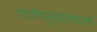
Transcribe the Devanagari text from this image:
पाणीपुरवठासंघटना